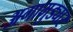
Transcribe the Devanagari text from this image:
अगामुड्यार